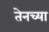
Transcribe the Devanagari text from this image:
तेनच्या